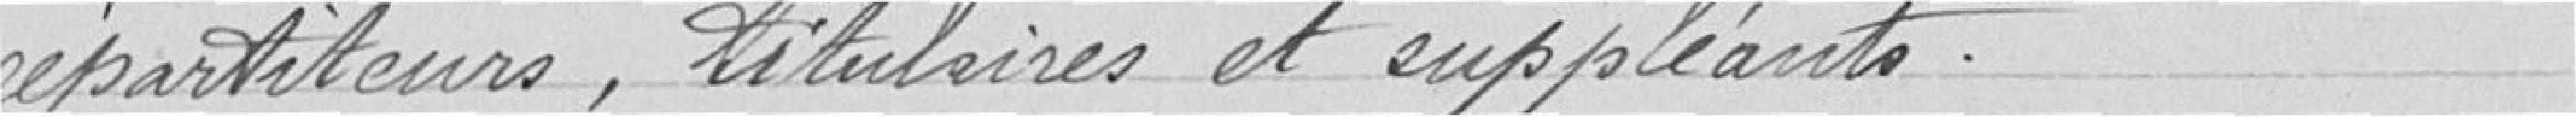
répartiteurs, titulaires et suppléants.